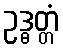
ဥဒ္ဓတ္တံ